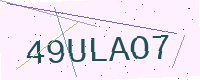
Text: 49ULAO7